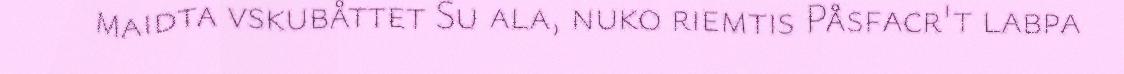
maidta vskubåttet Su ala, nuko riemtis Påsfacr't labpa